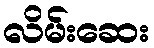
လိမ်းဆေး